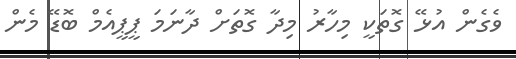
ވެގެން އުޅޭ ގޮތަކީ މިހާރު މިދާ ގޮތަށް ދާނަމަ ޕީޕީއެމް ބޮޑޭ މެން